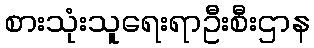
စားသုံးသူရေးရာဦးစီးဌာန